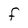
Character: F